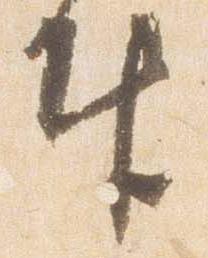
奉